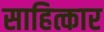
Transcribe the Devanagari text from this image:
साहित्कार